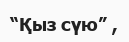
“Қыз сүю” ,